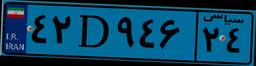
۳۵D۳۲۹۳۰